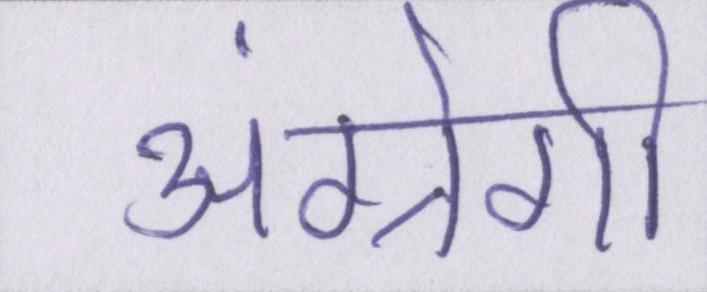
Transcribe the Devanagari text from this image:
अंग्रेगी